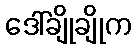
ဒေါ်ချိုချိုက